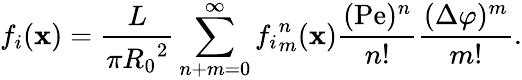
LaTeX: f_{i}(\mathbf{x})=\frac{{L}}{{\pi{R_{0}}^{2}}}\sum_{n+m=0}^{\infty}{f_{i}}_{m}^{n}(\mathbf{x})\frac{{(\mathrm{{Pe}})^{n}}}{{n!}}\frac{{(\Delta\varphi)^{m}}}{{m!}}.